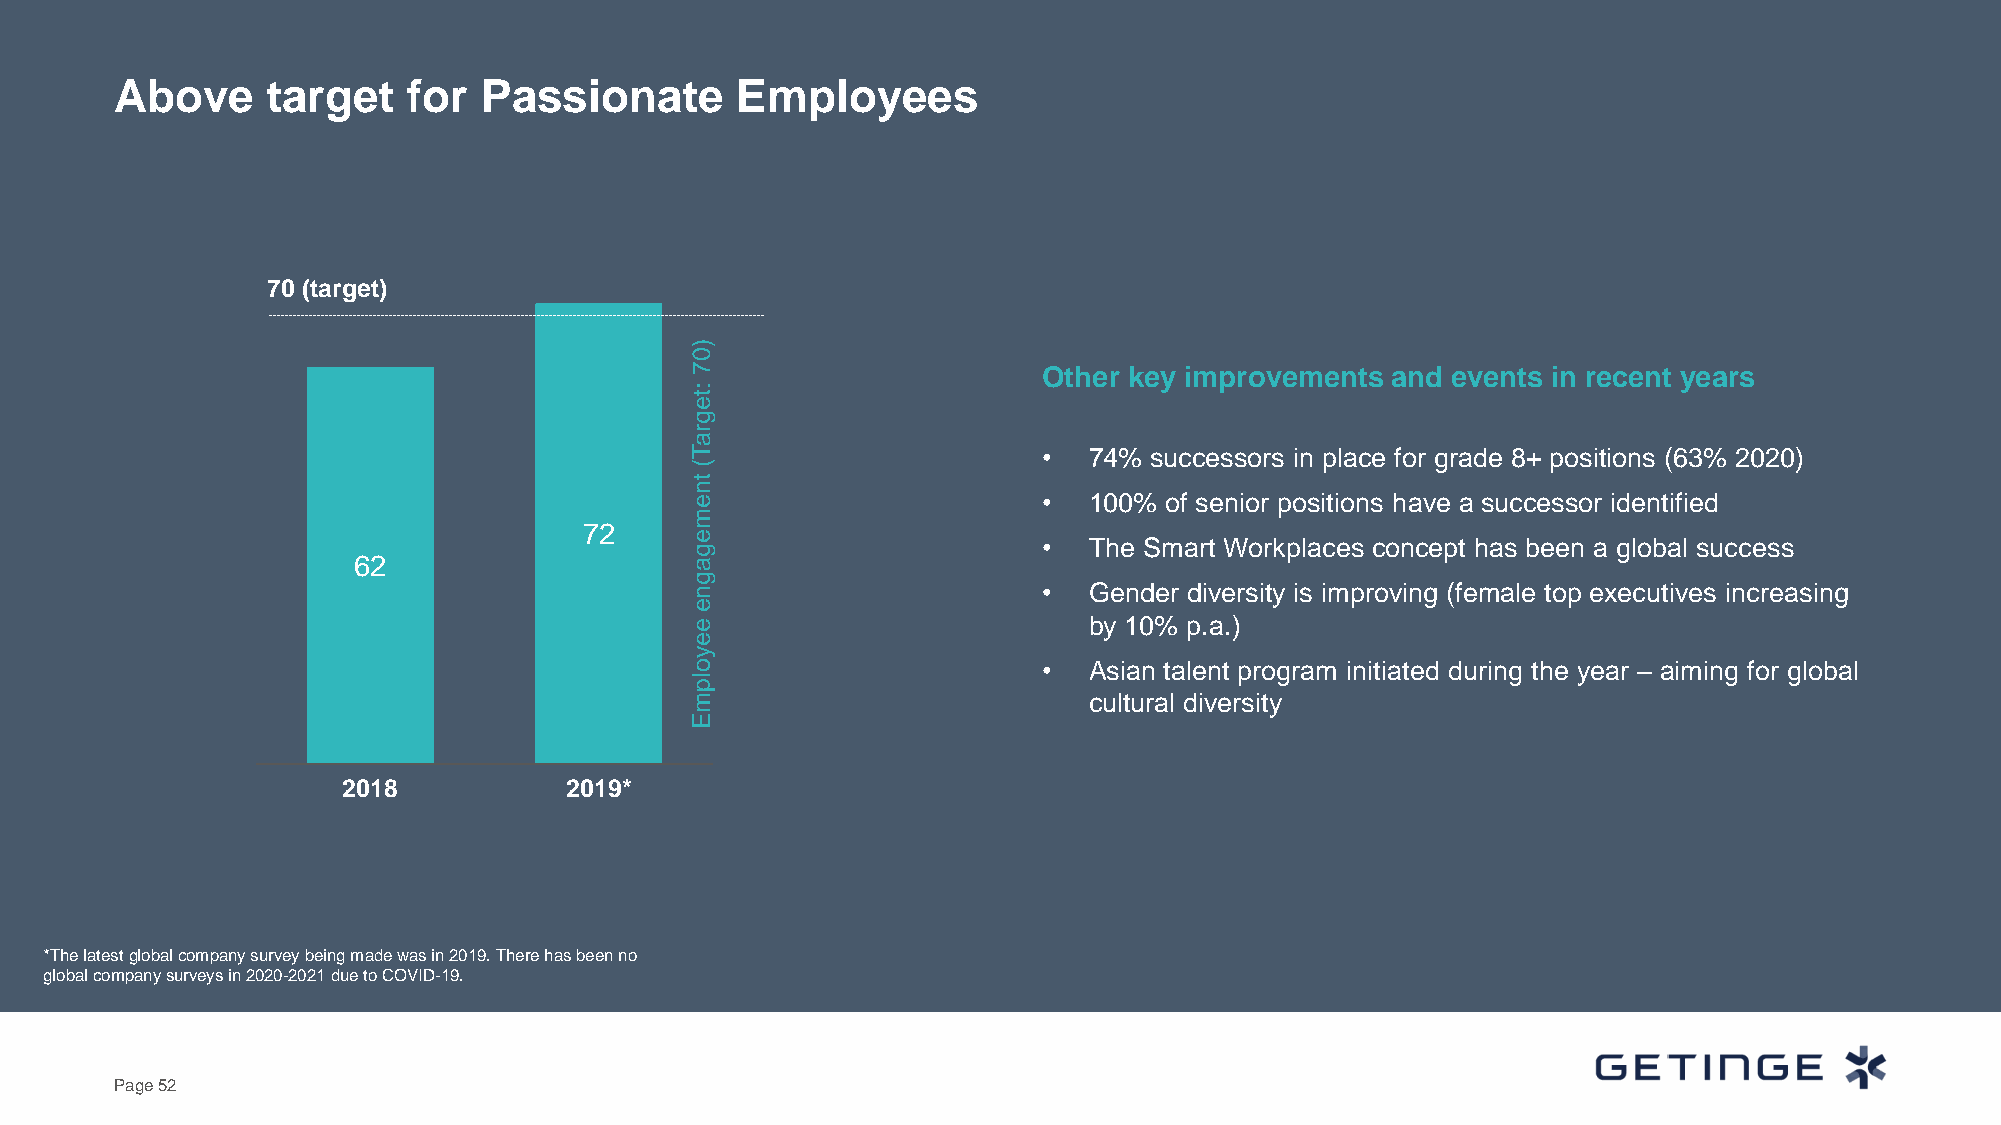
Above     target   for  Passionate       Employees
 70 (target)
 )
 0
 7                      Other key improvements and events in recent years
 :
 t
 e
 g
 r
 a
 T                      •  74% successors in place for grade 8+ positions (63% 2020)
 (
 t
 n
 e                      •  100% of senior positions have a successor identified
 m
 72
 e
 g                      •  The Smart Workplaces concept has been a global success
 62                     a
 g
 n                      •  Gender diversity is improving (female top executives increasing
 e
 e                         by 10% p.a.)
 e
 y
 o                      •  Asian talent program initiated during the year – aiming for global
 lp
 m                         cultural diversity
 E
 2018          2019*
 *The latest global company survey being made was in 2019. There has been no
 global company surveys in 2020-2021 due to COVID-19.
 Page 52